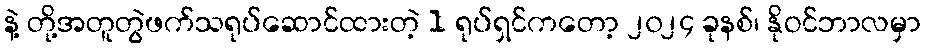
နဲ့ တို့အတူတွဲဖက်သရုပ်ဆောင်ထားတဲ့ 1 ရုပ်ရှင်ကတော့ ၂၀၂၄ ခုနစ်၊ နိုဝင်ဘာလမှာ